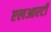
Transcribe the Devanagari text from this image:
एलआरटी